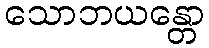
သောဘယန္တော